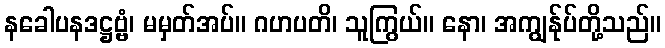
နခေါပနဒဋ္ဌဗ္ဗံ၊ မမှတ်အပ်။ ဂဟပတိ၊ သူကြွယ်။ နော၊ အကျွန်ုပ်တို့သည်။